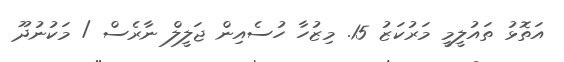
އަތޮޅު ތައުލީމީ މަރުކަޒު 15. މިޒުހާ ހުސެއިން ޖަލީލް ނާރެސް / މަކުނުދޫ